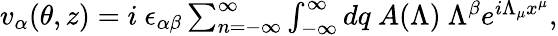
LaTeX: \begin{array}{r}{v_{\alpha}(\theta,z)=i~\epsilon_{\alpha\beta}\sum_{n=-\infty}^{\infty}\int_{-\infty}^{\infty}dq~A(\Lambda)~\Lambda^{\beta}e^{i\Lambda_{\mu}x^{\mu}},}\end{array}